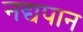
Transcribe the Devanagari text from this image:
नद्यपान